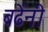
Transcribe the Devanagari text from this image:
बढेंनी